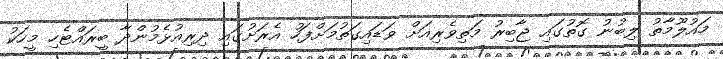
މައުލޫމާތު ލިބުނު ގޮތުގައި ޖާބިރު މަތިވެރިއަށް ވަޑައިގަތުމަށްފަހު އެރަށުގައި ދިރިއުޅެމުންދާ ބީރައްޓެހި މީހަކު